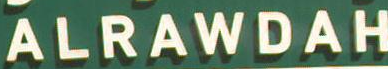
ALRAWDAH